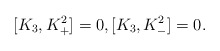
\begin{align*} [K_3,K_{+}^2]=0,[K_3,K_{-}^2]=0.\end{align*}